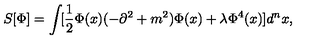
S [ \Phi ] = \int \! [ \frac { 1 } { 2 } \Phi ( x ) ( - \partial ^ { 2 } + m ^ { 2 } ) \Phi ( x ) + \lambda \Phi ^ { 4 } ( x ) ] d ^ { n } x ,